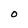
Character: O